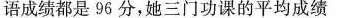
语成绩都是96分，她1门功课的平均成绩